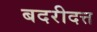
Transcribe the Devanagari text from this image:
बदरीदत्त